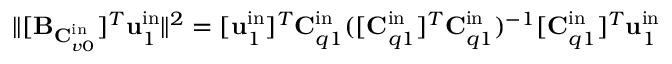
\| [ \mathbf { B } _ { \mathbf { C } _ { v 0 } ^ { \mathrm { i n } } } ] ^ { T } \mathbf { u } _ { 1 } ^ { \mathrm { i n } } \| ^ { 2 } = [ \mathbf { u } _ { 1 } ^ { \mathrm { i n } } ] ^ { T } \mathbf { C } _ { q 1 } ^ { \mathrm { i n } } ( [ \mathbf { C } _ { q 1 } ^ { \mathrm { i n } } ] ^ { T } \mathbf { C } _ { q 1 } ^ { \mathrm { i n } } ) ^ { - 1 } [ \mathbf { C } _ { q 1 } ^ { \mathrm { i n } } ] ^ { T } \mathbf { u } _ { 1 } ^ { \mathrm { i n } }